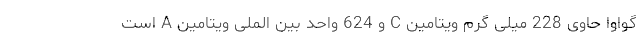
گواوا حاوی 228 میلی گرم ویتامین C و 624 واحد بین الملی ویتامین A است